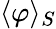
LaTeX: \langle\varphi\rangle_{S}